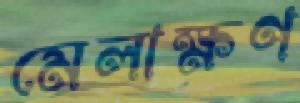
মেলাক্ষণ